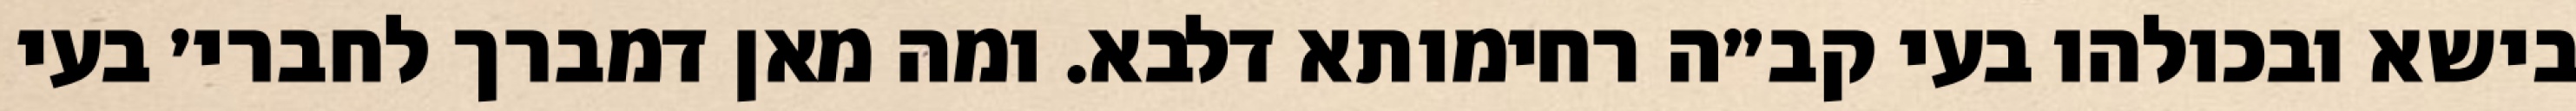
בישא ובכולהו בעי קב״ה רחימותא דלבא. ומה מאן דמברך לחברי׳ בעי